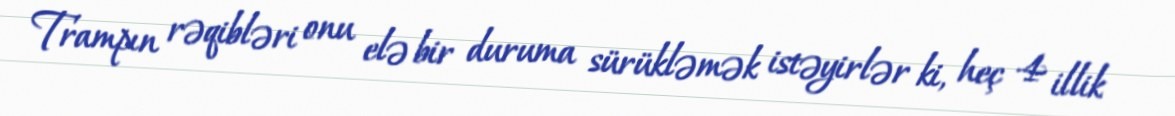
Trampın rəqibləri onu elə bir duruma sürükləmək istəyirlər ki, heç 4 illik